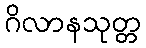
ဂိလာနသုတ္တ